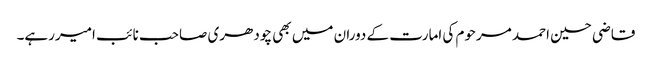
قاضی حسین احمد مرحوم کی امارت کے دوران میں بھی چودھری صاحب نائب امیررہے۔